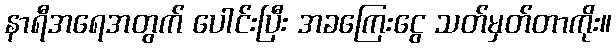
နာရီအရေအတွက် ပေါင်းပြီး အခကြေးငွေ သတ်မှတ်တာကိုး။